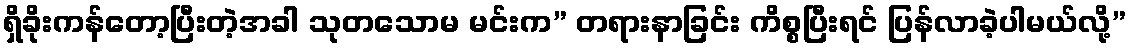
ရှိခိုးကန်တော့ပြီးတဲ့အခါ သုတသောမ မင်းက” တရားနာခြင်း ကိစ္စပြီးရင် ပြန်လာခဲ့ပါမယ်လို့”